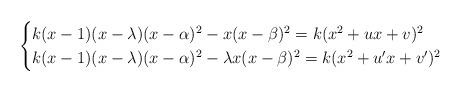
LaTeX: \begin{align*}\begin{cases}k(x-1)(x-\lambda)(x-\alpha)^2-x(x-\beta)^2=k(x^2+ux+v)^2\\k(x-1)(x-\lambda)(x-\alpha)^2-\lambda x(x-\beta)^2=k(x^2+u^{\prime}x+v^{\prime})^2\end{cases}\end{align*}